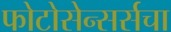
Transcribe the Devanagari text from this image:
फोटोसेन्सर्सचा